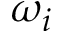
\omega _ { i }